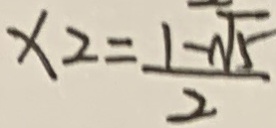
x _ { 2 } = \frac { 1 - \sqrt { 5 } } { 2 }